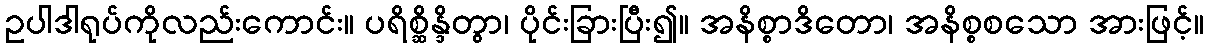
ဥပါဒါရုပ်ကိုလည်းကောင်း။ ပရိစ္ဆိန္ဒိတွာ၊ ပိုင်းခြားပြီး၍။ အနိစ္စာဒိတော၊ အနိစ္စစသော အားဖြင့်။